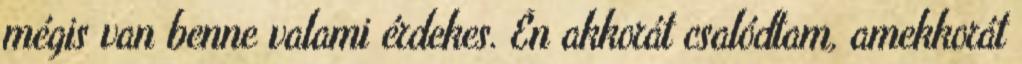
mégis van benne valami érdekes. Én akkorát csalódtam, amekkorát